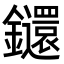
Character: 𨰄